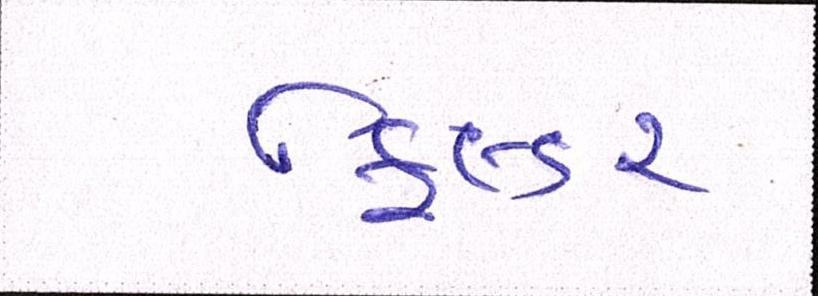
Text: ફિલ્ડર